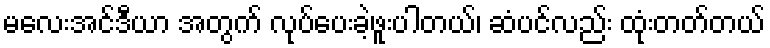
မလေးအင်ဒီယာ အတွက် လုပ်ပေးခဲ့ဖူးပါတယ်၊ ဆံပင်လည်း ထုံးတတ်တယ်